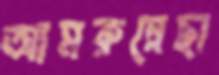
আমরুন্নেছা